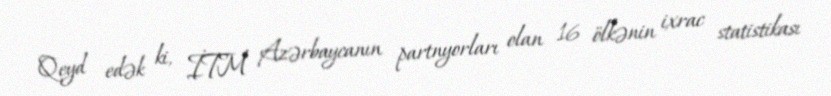
Qeyd edək ki, İTM Azərbaycanın partnyorları olan 16 ölkənin ixrac statistikası